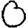
Digit: 0